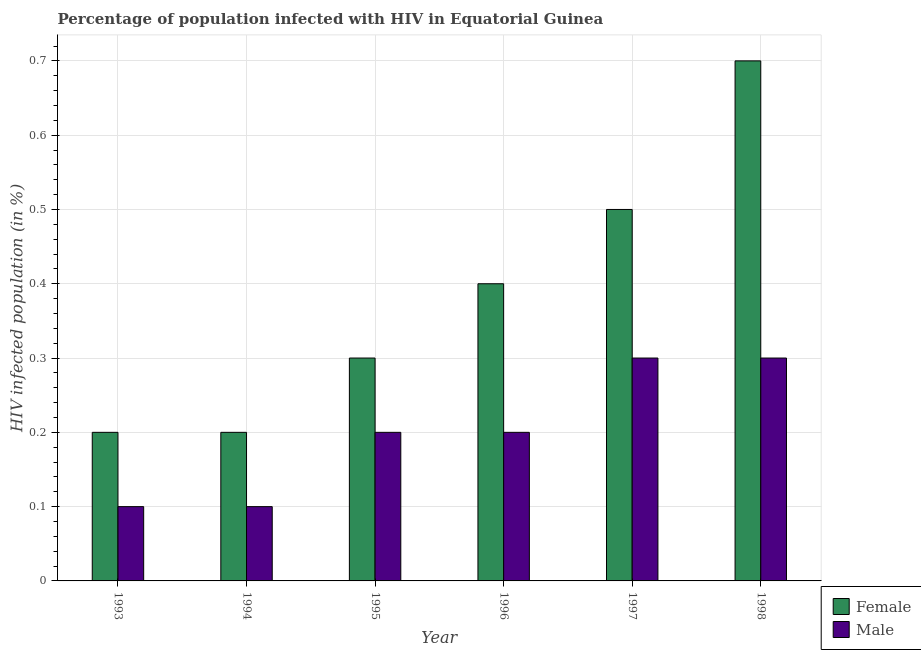
| Year | Female | Male |
 | --- | --- | --- |
 | 1993 | 0.2 | 0.1 |
 | 1994 | 0.2 | 0.1 |
 | 1995 | 0.3 | 0.2 |
 | 1996 | 0.4 | 0.2 |
 | 1997 | 0.5 | 0.3 |
 | 1998 | 0.7 | 0.3 |